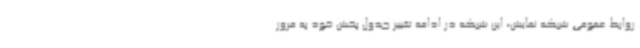
روابط عمومی شبکه نمایش، این شبکه در ادامه تغییر جدول پخش خود به مرور